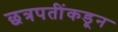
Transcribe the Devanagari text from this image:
छत्रपतींकडून